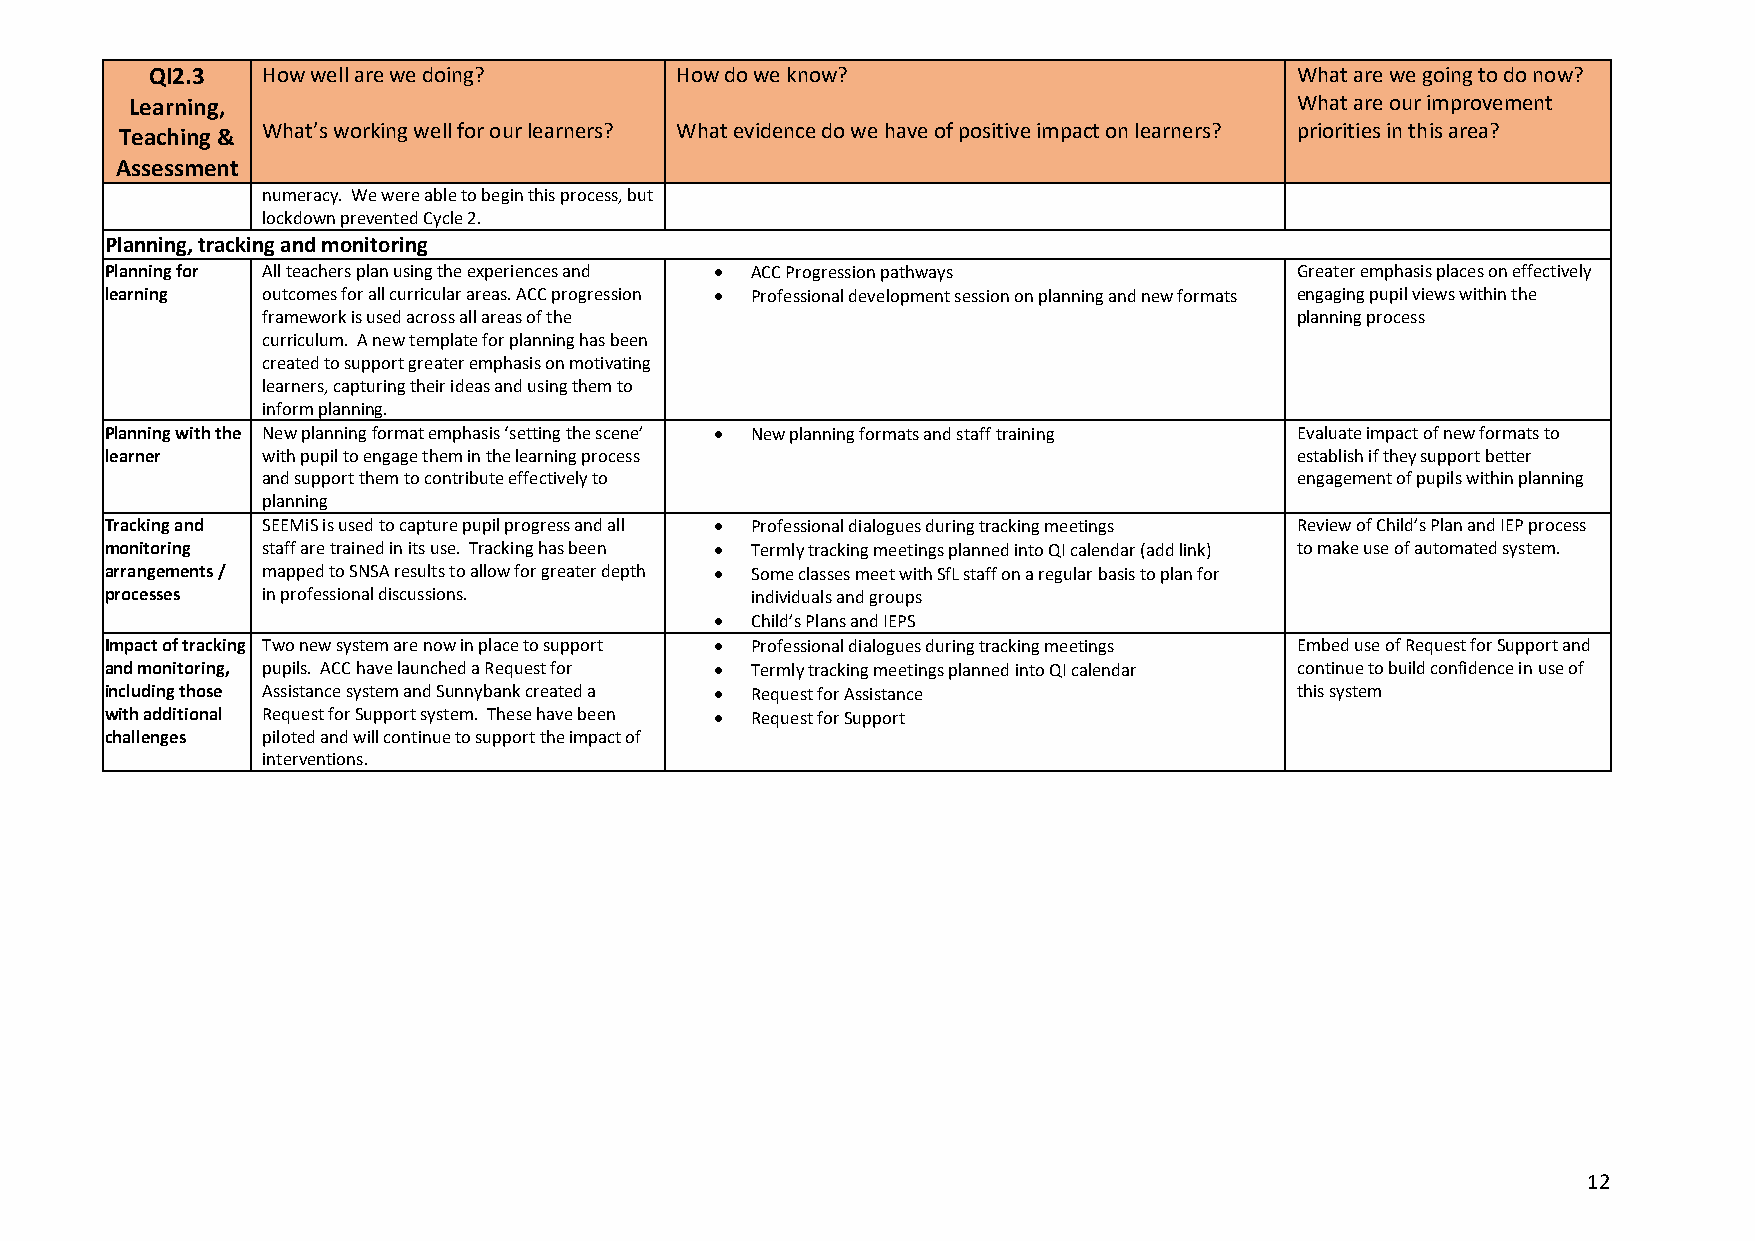
QI2.3  How well are we doing?      How do we know?                          What are we going to do now?
 Learning,                                                                    What are our improvement
 Teaching & What’s working well for our learners? What evidence do we have of positive impact on learners? priorities in this area?
 Assessment
 numeracy. We were able to begin this process, but
 lockdown prevented Cycle 2.
 Planning, tracking and monitoring
 Planning for All teachers plan using the experiences and • ACC Progression pathways Greater emphasis places on effectively
 learning  outcomes for all curricular areas. ACC progression • Professional development session on planning and new formats engaging pupil views within the
 framework is used across all areas of the                            planning process
 curriculum. A new template for planning has been
 created to support greater emphasis on motivating
 learners, capturing their ideas and using them to
 inform planning.
 Planning with the New planning format emphasis ‘setting the scene’ • New planning formats and staff training Evaluate impact of new formats to
 learner   with pupil to engage them in the learning process                    establish if they support better
 and support them to contribute effectively to                        engagement of pupils within planning
 planning
 Tracking and SEEMiS is used to capture pupil progress and all • Professional dialogues during tracking meetings Review of Child’s Plan and IEP process
 monitoring staff are trained in its use. Tracking has been • Termly tracking meetings planned into QI calendar (add link) to make use of automated system.
 arrangements / mapped to SNSA results to allow for greater depth • Some classes meet with SfL staff on a regular basis to plan for
 processes in professional discussions.     individuals and groups
 •  Child’s Plans and IEPS
 Impact of tracking Two new system are now in place to support • Professional dialogues during tracking meetings Embed use of Request for Support and
 and monitoring, pupils. ACC have launched a Request for • Termly tracking meetings planned into QI calendar continue to build confidence in use of
 including those Assistance system and Sunnybank created a • Request for Assistance this system
 with additional Request for Support system. These have been • Request for Support
 challenges piloted and will continue to support the impact of
 interventions.
 12